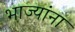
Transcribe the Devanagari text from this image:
भाज्यांना